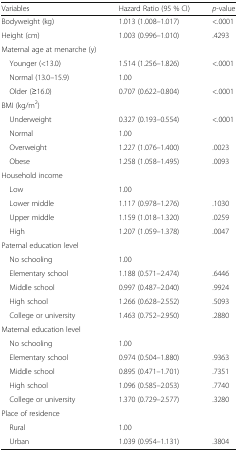
| Variables | Hazard Ratio (95 % CI) | p-value |
 | --- | --- | --- |
 | Bodyweight (kg) | 1.013 (1.008–1.017) | <.0001 |
 | Height (cm) | 1.003 (0.996–1.010) | .4293 |
 | Maternal age at menarche (y) |  |  |
 | Younger (<13.0) | 1.514 (1.256–1.826) | <.0001 |
 | Normal (13.0–15.9) | 1.00 |  |
 | Older (≥16.0) | 0.707 (0.622–0.804) | <.0001 |
 | BMI (kg/m2) |  |  |
 | Underweight | 0.327 (0.193–0.554) | <.0001 |
 | Normal | 1.00 |  |
 | Overweight | 1.227 (1.076–1.400) | .0023 |
 | Obese | 1.258 (1.058–1.495) | .0093 |
 | Household income |  |  |
 | Low | 1.00 |  |
 | Lower middle | 1.117 (0.978–1.276) | .1030 |
 | Upper middle | 1.159 (1.018–1.320) | .0259 |
 | High | 1.207 (1.059–1.378) | .0047 |
 | Paternal education level |  |  |
 | No schooling | 1.00 |  |
 | Elementary school | 1.188 (0.571–2.474) | .6446 |
 | Middle school | 0.997 (0.487–2.040) | .9924 |
 | High school | 1.266 (0.628–2.552) | .5093 |
 | College or university | 1.463 (0.752–2.950) | .2880 |
 | Maternal education level |  |  |
 | No schooling | 1.00 |  |
 | Elementary school | 0.974 (0.504–1.880) | .9363 |
 | Middle school | 0.895 (0.471–1.701) | .7351 |
 | High school | 1.096 (0.585–2.053) | .7740 |
 | College or university | 1.370 (0.729–2.577) | .3280 |
 | Place of residence |  |  |
 | Rural | 1.00 |  |
 | Urban | 1.039 (0.954–1.131) | .3804 |